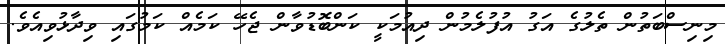
މިނިސްބަތުން ތެލުގެ އަގު އުފުލެމުން ދިއުމަކީ ކަންބޮޑުވާން ޖެހޭ ކަމެއް ކަމުގައި ވިދާޅުވިއެވެ.